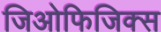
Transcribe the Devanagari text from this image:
जिओफिजिक्स